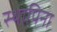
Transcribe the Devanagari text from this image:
स्थापिना